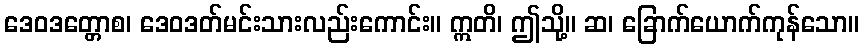
ဒေဝဒတ္တောစ၊ ဒေဝဒတ်မင်းသားလည်းကောင်း။ ဣတိ၊ ဤသို့။ ဆ၊ ခြောက်ယောက်ကုန်သော။